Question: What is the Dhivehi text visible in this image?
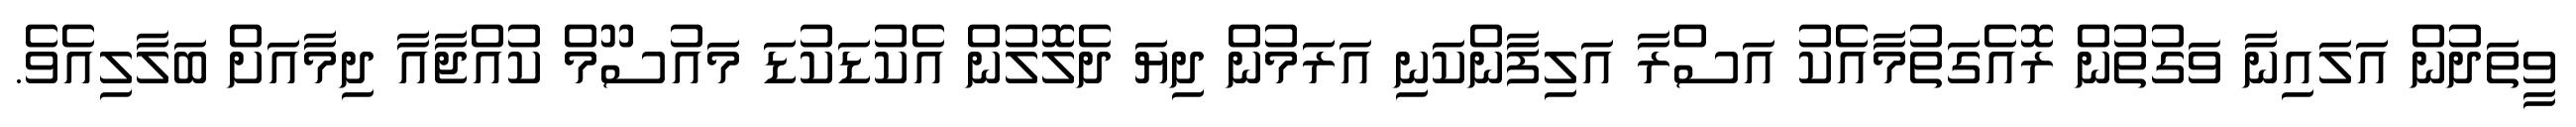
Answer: ވީތަދުން އަލައިނާ ވަގުތުން ރޮއެގަތުމާއެކު އަސްރާ އަލިފާންކަނި އަރަމުން ދިޔަ ދެލޮލުން އެކުޑަކުޑަ މައުސޫމް ކުއްޖާއާ ދިމާއަށް ބަލާލިއެވެ.